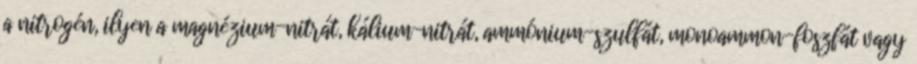
a nitrogén, ilyen a magnézium-nitrát, kálium-nitrát, ammónium-szulfát, monoammon-foszfát vagy